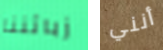
زبائننا أنني